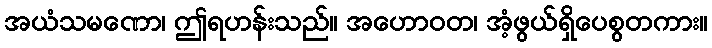
အယံသမဏော၊ ဤရဟန်းသည်။ အဟောဝတ၊ အံ့ဖွယ်ရှိပေစွတကား။